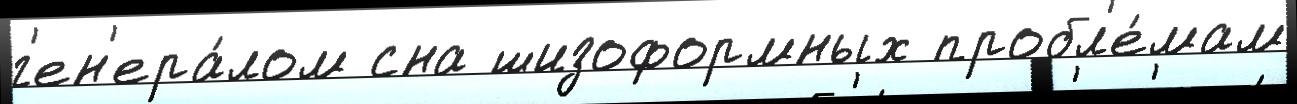
г'ен'ера́лом сна шизоформных пробл'е́мам